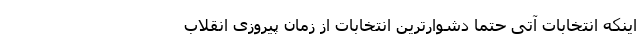
اینکه انتخابات آتی حتماً دشوارترین انتخابات از زمان پیروزی انقلاب